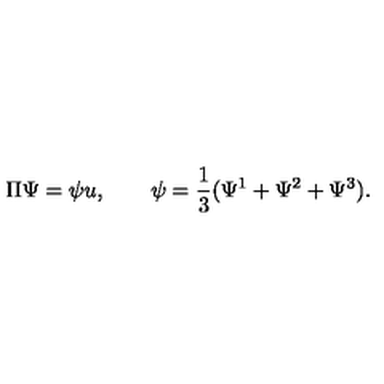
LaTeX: \Pi \Psi = \psi u , \qquad \psi = { \frac { 1 } { 3 } } ( \Psi ^ { 1 } + \Psi ^ { 2 } + \Psi ^ { 3 } ) .